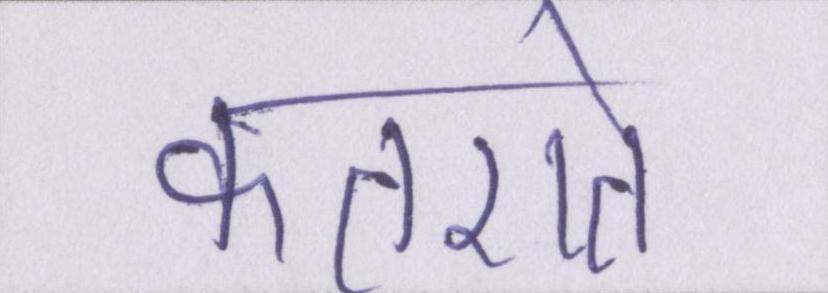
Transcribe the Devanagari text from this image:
कतराते